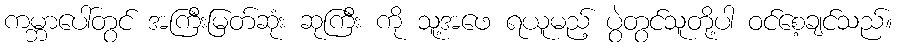
ကမ္ဘာပေါ်တွင် အကြီးမြတ်ဆုံး ဆုကြီး ကို သူ့အဖေ ရယူမည့် ပွဲတွင်သူတို့ပါ ဝင်စေ့ချင်သည်။